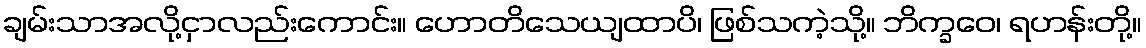
ချမ်းသာအလို့ငှာလည်းကောင်း။ ဟောတိသေယျထာပိ၊ ဖြစ်သကဲ့သို့။ ဘိက္ခဝေ၊ ရဟန်းတို့။